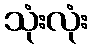
သုံးလုံး